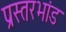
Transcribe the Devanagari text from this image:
प्रस्तरभांड